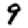
Digit: 9